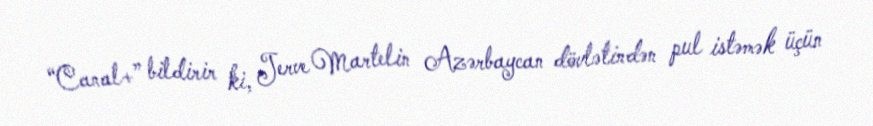
“Canal+” bildirir ki, Jerve Martelin Azərbaycan dövlətindən pul istəmək üçün